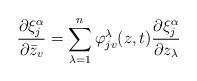
LaTeX: \begin{align*}\frac{\partial \xi_j^{\alpha}}{\partial \bar{z}_v}=\sum_{\lambda=1}^n \varphi_{jv}^\lambda(z,t) \frac{\partial \xi_j^\alpha}{\partial z_\lambda}\end{align*}